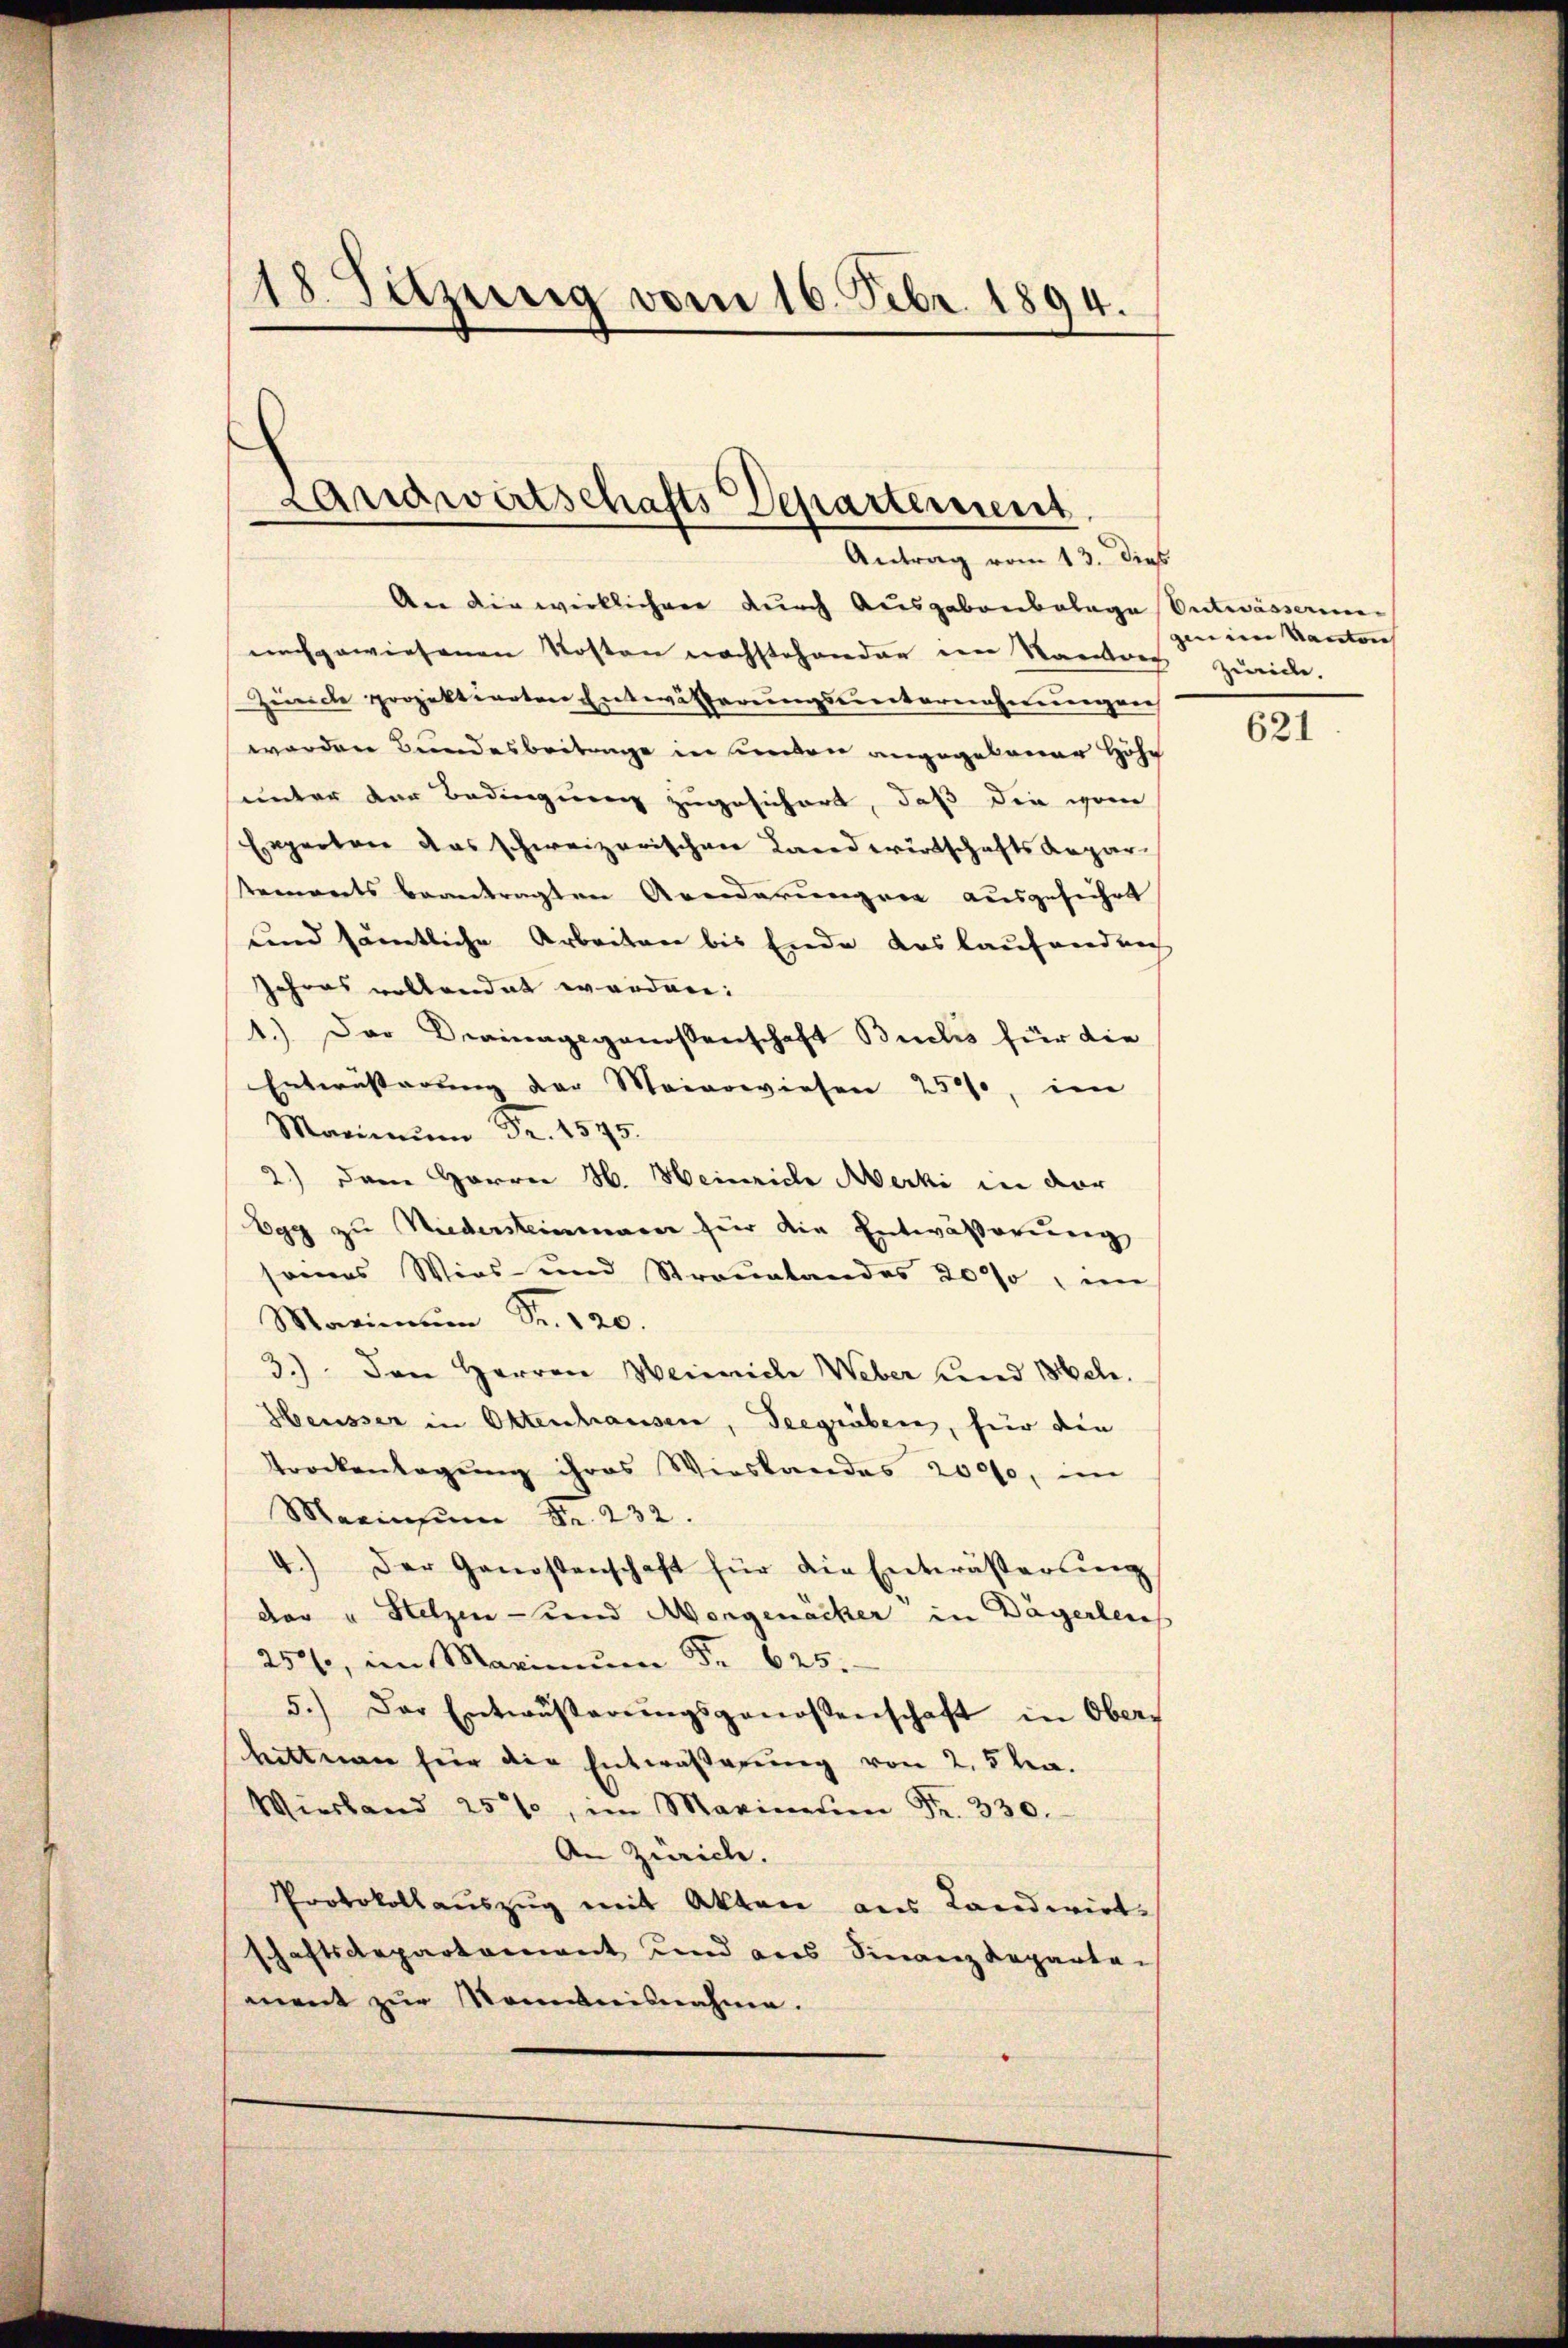
18. Sitzung vom 16. Febr. 1894.
e

Landwirtschafts Departement
Antrag vom 13. dies

An die wirklichere durch Ausgabenbelage Entwässerinnachgewiesenen Kosten nachstehender ein Kantons zurücke.
Zunche projektierten Entwässerungsunternehmungen
worden Bundesbeitrage in werden angegebener Höhe
unter der Bedingung zugesichert, daß die vom
Experten das schweizerischen Landwirtschafts Repartemonts beantragten Aenderungen ausgeführt
und sämtliche Arbeiten bis Ende das laufandrech
jahres vollendet worden:
1.) Der Verinagsgenossenschaft Buchs für die
Entwässerung der Meierwiesen 250, im
Marinaŭm Fr. 1545.
2.) Dem Herrn H. Heinrich Merki in der
Egg zu Niedersteinmann für die Entwässerung
sames Wies- und Stranstandes 20%, im
Maximŭm Fr. 120.
3.) Den Herren Weinriche Weber Land Mele.
Heusser in Ottenhausen, Seegräben, für die
Trockenlagung ihres Wieslandes 20000, im
Marinsŭm Fr. 232.
4.) Der Genossenschaft für die Entwässerŭng
dar u Hetzen - und Morgenächer in Dägerleich
250, im Marinum Fr. 625.
5.) Der Entwässerŭngsgenossenschaft in Ober-
Hittnen für die Entwäßerung von 2,5 ha.
Wiesband 25%, im Marineŭen Fr. 330.
An Zürich.
Protokollaŭszŭg mit Akten aus Landwirt-
schaftsdepartement und aus Finanzdeparte
ment zŭr Nominisnahme.

gin in Kanton

621